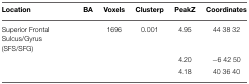
<table><thead><tr><td><b>Location</b></td><td><b>BA</b></td><td><b>Voxels</b></td><td><b>Clusterp</b></td><td><b>PeakZ</b></td><td><b>Coordinates</b></td></tr></thead><tbody><tr><td>Superior Frontal Sulcus/Gyrus (SFS/SFG)</td><td></td><td>1696</td><td>0.001</td><td>4.95</td><td>44 38 32</td></tr><tr><td></td><td></td><td></td><td></td><td>4.20</td><td>−6 42 50</td></tr><tr><td></td><td></td><td></td><td></td><td>4.18</td><td>40 36 40</td></tr></tbody></table>